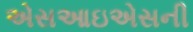
એસઆઇએસની